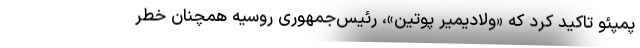
پمپئو تاکید کرد که «ولادیمیر پوتین»، رئیس‌جمهوری روسیه همچنان خطر